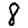
Digit: 8